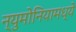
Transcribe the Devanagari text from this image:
न्युमोनियामध्ये